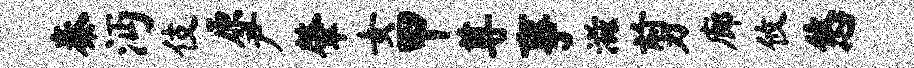
秦沔伎原尹肇女甲尊事滋剪廊攸悠